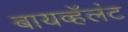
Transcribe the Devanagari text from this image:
बायव्हॅलंट